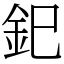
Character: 釲